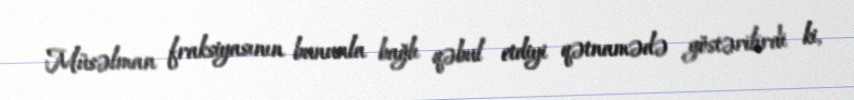
Müsəlman fraksiyasının bununla bağlı qəbul etdiyi qətnamədə göstərilirdi ki,